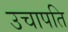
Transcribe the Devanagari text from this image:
उचापति